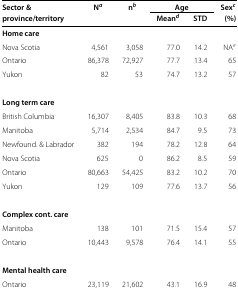
| Sector & | Na | nb | <COLSPAN=2> Age | Sexc |
 | province/territory |  |  | Meand | STD | (%) |
 | --- | --- | --- | --- | --- | --- |
 | Home care |  |  |  |  |  |
 | Nova Scotia | 4,561 | 3,058 | 77.0 | 14.2 | NAe |
 | Ontario | 86,378 | 72,927 | 77.7 | 13.4 | 65 |
 | Yukon | 82 | 53 | 74.7 | 13.2 | 57 |
 | Long term care |  |  |  |  |  |
 | British Columbia | 16,307 | 8,405 | 83.8 | 10.3 | 68 |
 | Manitoba | 5,714 | 2,534 | 84.7 | 9.5 | 73 |
 | Newfound. & Labrador | 382 | 194 | 78.2 | 12.8 | 64 |
 | Nova Scotia | 625 | 0 | 86.2 | 8.5 | 59 |
 | Ontario | 80,663 | 54,425 | 83.2 | 10.2 | 70 |
 | Yukon | 129 | 109 | 77.6 | 13.7 | 56 |
 | Complex cont. care |  |  |  |  |  |
 | Manitoba | 138 | 101 | 71.5 | 15.4 | 57 |
 | Ontario | 10,443 | 9,578 | 76.4 | 14.1 | 55 |
 | Mental health care |  |  |  |  |  |
 | Ontario | 23,119 | 21,602 | 43.1 | 16.9 | 48 |